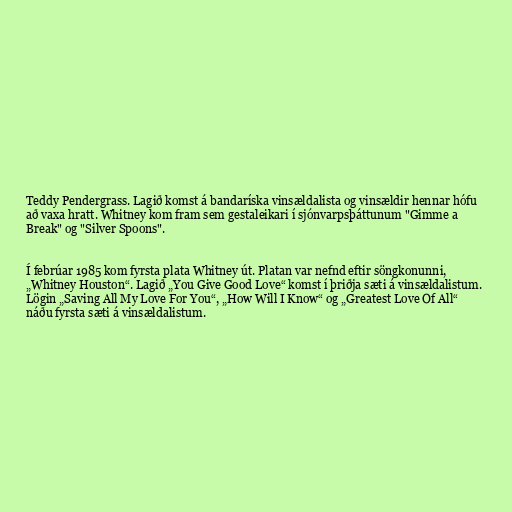
Teddy Pendergrass. Lagið komst á bandaríska vinsældalista og vinsældir hennar hófu
að vaxa hratt. Whitney kom fram sem gestaleikari í sjónvarpsþáttunum "Gimme a
Break" og "Silver Spoons".

Í febrúar 1985 kom fyrsta plata Whitney út. Platan var nefnd eftir söngkonunni,
„Whitney Houston“. Lagið „You Give Good Love“ komst í þriðja sæti á vinsældalistum.
Lögin „Saving All My Love For You“, „How Will I Know“ og „Greatest Love Of All“
náðu fyrsta sæti á vinsældalistum.